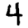
Digit: 4